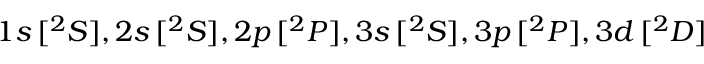
1 s \, [ { ^ 2 S } ] , 2 s \, [ { ^ 2 S } ] , 2 p \, [ { ^ 2 P } ] , 3 s \, [ { ^ 2 S } ] , 3 p \, [ { ^ 2 P } ] , 3 d \, [ { ^ 2 D } ]